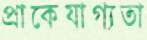
প্রাকেযাগ্যতা